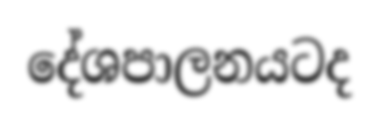
දේශපාලනයටද